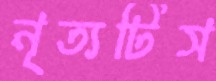
নৃত্যটিস